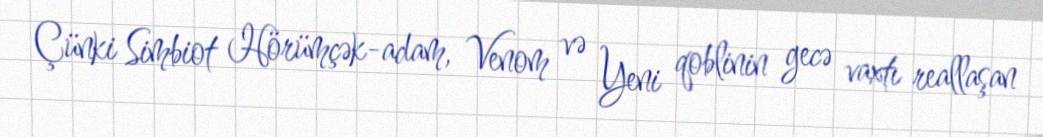
Çünki Simbiot Hörümçək-adam, Venom və Yeni qoblinin gecə vaxtı reallaşan